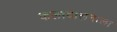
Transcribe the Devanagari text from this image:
कलादालनाला